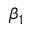
\beta _ { 1 }